Scottish Leaving Certificate Examination, 1957
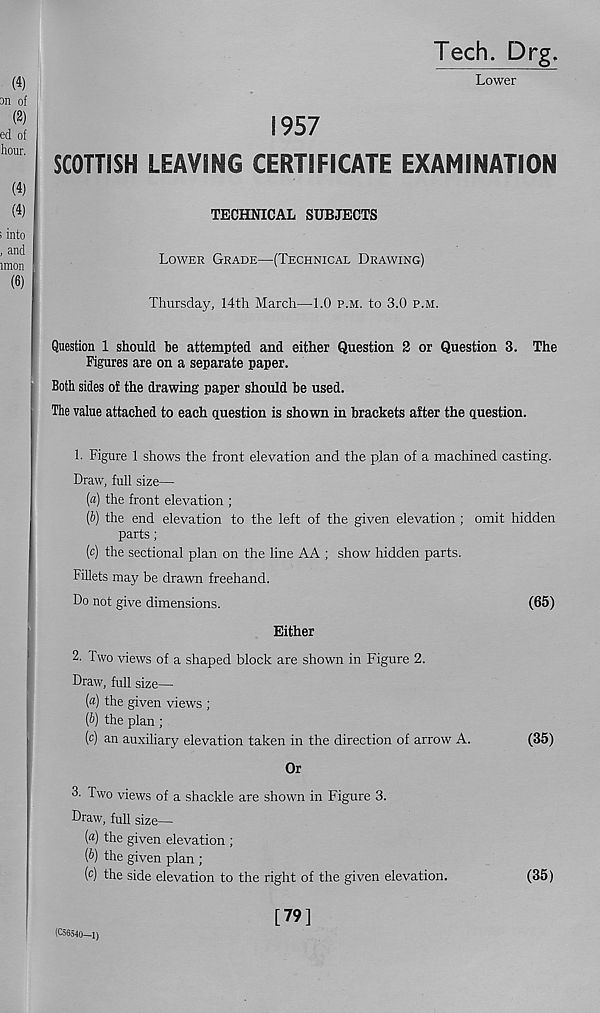
Tech. Drg,
Lower
1957
SCOTTISH LEAVING CERTIFICATE EXAMINATION
TECHNICAL SUBJECTS
Lower Grade—(Technical Drawing)
Thursday, 14th March—1.0 p.m. to 3.0 p.m.
Question 1 should he attempted and either Question 2 or Question 3. The
Figures are on a separate paper.
Both sides of the drawing paper should he used.
The value attached to each question is shown in brackets after the question.
1. Figure 1 shows the front elevation and the plan of a machined casting.
Draw, full size—
(a) the front elevation ;
(b) the end elevation to the left of the given elevation ; omit hidden
parts;
(c) the sectional plan on the line AA ; show hidden parts.
Fillets may be drawn freehand.
Do not give dimensions.
(65)
Either
2. Two views of a shaped block are shown in Figure 2.
Draw, full size—
(a) the given views ;
(b) the plan;
(c) an auxiliary elevation taken in the direction of arrow A.
(35)
Or
3. Two views of a shackle are shown in Figure 3.
Draw, full size—
(a) the given elevation ;
{b) the given plan ;
(c) the side elevation to the right of the given elevation.
(35)
(C56540—l)
[79]